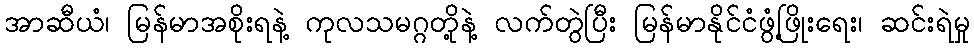
အာဆီယံ၊ မြန်မာအစိုးရနဲ့ ကုလသမဂ္ဂတို့နဲ့ လက်တွဲပြီး မြန်မာနိုင်ငံဖွံ့ဖြိုးရေး၊ ဆင်းရဲမှု